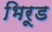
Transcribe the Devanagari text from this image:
भिरूड